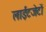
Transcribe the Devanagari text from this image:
लाईटजेटों